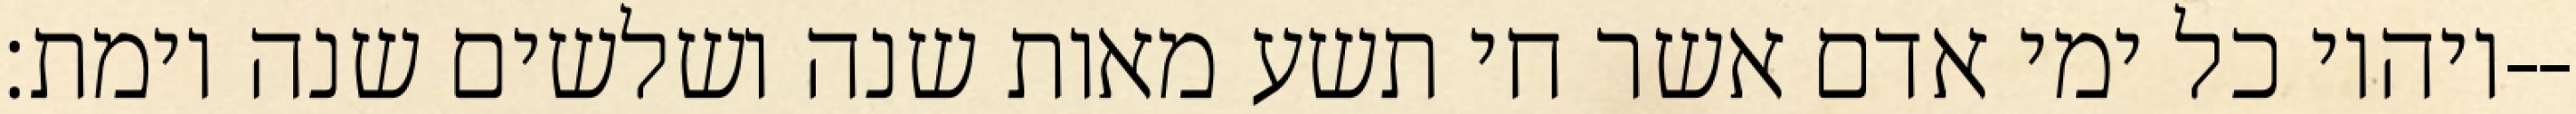
ויהיו כל ימי אדם אשר חי תשע מאות שנה ושלשים שנה וימת׃--